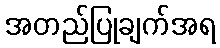
အတည်ပြုချက်အရ